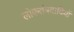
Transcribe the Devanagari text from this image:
लोकतंत्रवादियों